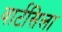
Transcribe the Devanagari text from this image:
वार्टसिला